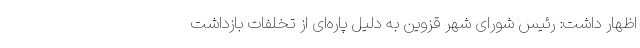
اظهار داشت: رئیس شورای شهر قزوین به دلیل پاره‌ای از تخلفات بازداشت